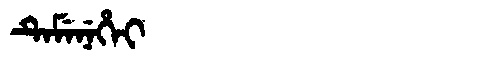
Manchu: ᡨᡝᠮᡝᠨᡝᡥᡝᡳ
Romanization: TEMENEHEI